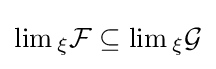
\lim {}_{\xi }{\mathcal {F}}\subseteq \lim {}_{\xi }{\mathcal {G}}